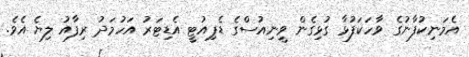
އެމަނިކުފާނުގެ ވާހަކަފުޅާ ގުޅިގެން ވީނިއުސްގެ ޑެޕިއުޓީ އެޑިޓަރު އަހުމަދު ރިފާއު ލިޔެ އެވެ.